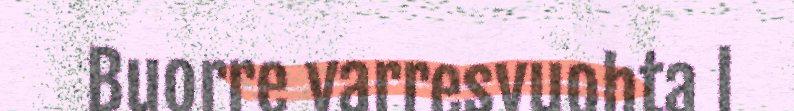
Buorre varresvuohta l